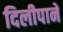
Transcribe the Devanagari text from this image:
दिलीपाने